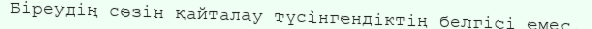
Біреудің сөзін қайталау түсінгендіктің белгісі емес.